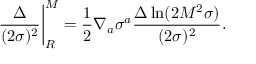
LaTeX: \left. \frac { \Delta } { ( 2 \sigma ) ^ { 2 } } \right| _ { R } ^ { M } = \frac { 1 } { 2 } \nabla _ { a } \sigma ^ { a } \frac { \Delta \ln ( 2 M ^ { 2 } \sigma ) } { ( 2 \sigma ) ^ { 2 } } .